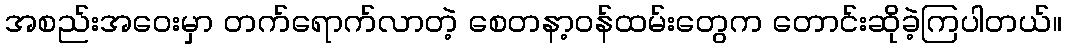
အစည်းအဝေးမှာ တက်ရောက်လာတဲ့ စေတနာ့ဝန်ထမ်းတွေက တောင်းဆိုခဲ့ကြပါတယ်။